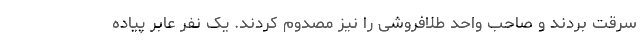
سرقت بردند و صاحب واحد طلافروشی را نیز مصدوم کردند. یک نفر عابر پیاده